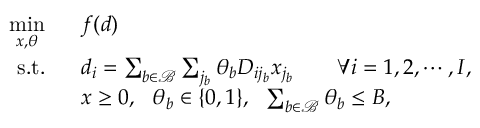
\begin{array} { r l } { \underset { x , \theta } { \operatorname* { m i n } } \ \ } & { f ( d ) } \\ { \mathrm { s . t . } \ \ } & { d _ { i } = \sum _ { b \in \mathcal { B } } \sum _ { j _ { b } } \theta _ { b } D _ { i j _ { b } } x _ { j _ { b } } \quad \quad \forall i = 1 , 2 , \cdots , I , } \\ & { x \geq 0 , \ \ \theta _ { b } \in \{ 0 , 1 \} , \ \ \sum _ { b \in \mathcal { B } } \theta _ { b } \leq B , } \end{array}